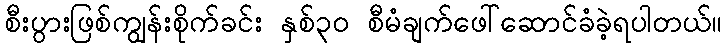
စီးပွားဖြစ်ကျွန်းစိုက်ခင်း နှစ်၃၀ စီမံချက်ဖေါ်ဆောင်ခံခဲ့ရပါတယ်။